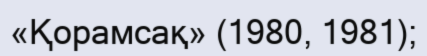
«Қорамсақ» (1980, 1981);